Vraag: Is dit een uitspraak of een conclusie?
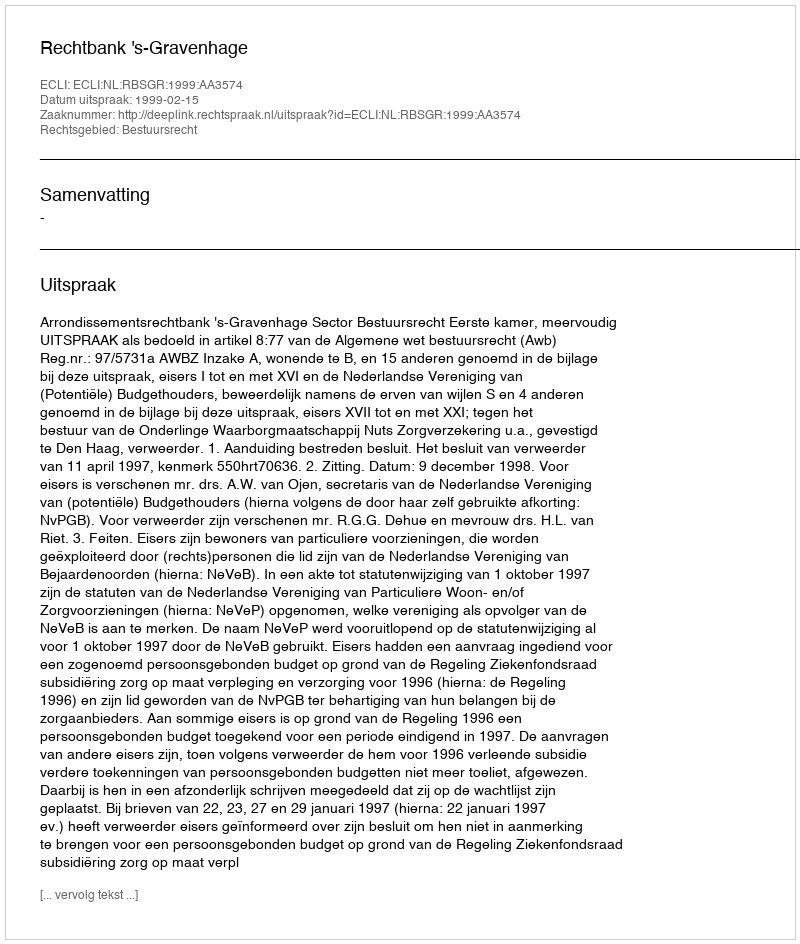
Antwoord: Uitspraak